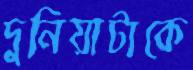
দুনিয়াটাকে